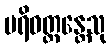
ပရိဝတ္တန္တေသု